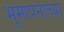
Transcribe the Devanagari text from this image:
भूमापनाच्या